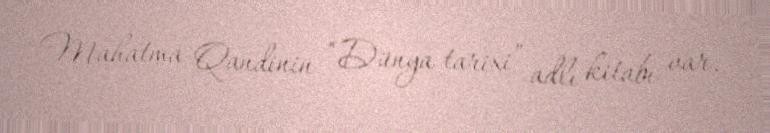
Mahatma Qandinin “Dünya tarixi” adlı kitabı var.